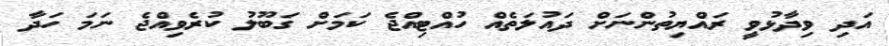
އަދި ވިދާޅުވީ ރައްޔިތުންނަށް ދައުލަތެއް ހުއްޓިއްޖެ ކަމަށް ގަބޫލު ކުރެވިއްޖެ ނަމަ ހަދާ